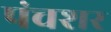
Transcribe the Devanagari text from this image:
पंचशर